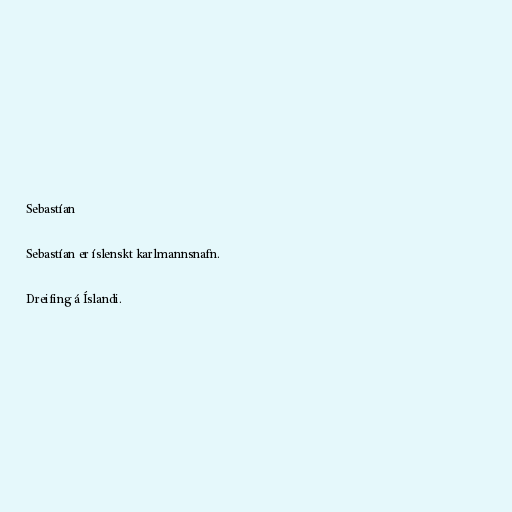
Sebastían

Sebastían er íslenskt karlmannsnafn.

Dreifing á Íslandi.